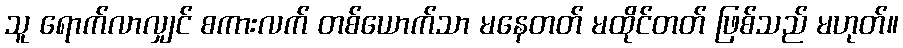
သူ ရောက်လာလျှင် စကားလက် တစ်ယောက်သာ မနေတတ် မထိုင်တတ် ဖြစ်သည် မဟုတ်။